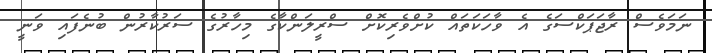
ނަމަވެސް ރާޖަޕަކްސަގެ އެ ވާހަކަތައް ކުށްވެރިކޮށް ސްރީލަންކާގެ މިހާރުގެ ސަރުކާރުން ބުނެފައި ވަނީ